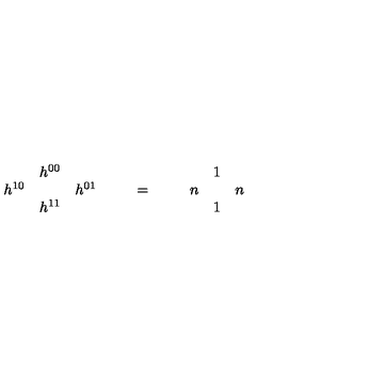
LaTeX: \begin{array} { c c c } { } & { h ^ { 0 0 } } & { } \\ { h ^ { 1 0 } } & { } & { h ^ { 0 1 } } \\ { } & { h ^ { 1 1 } } & { } \\ \end{array} \qquad = \qquad \begin{array} { c c c } { } & { 1 } & { } \\ { n } & { } & { n } \\ { } & { 1 } & { } \\ \end{array}